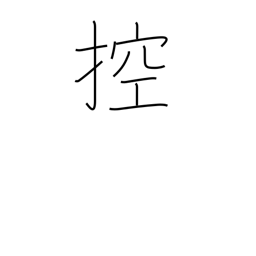
Meaning: draw in